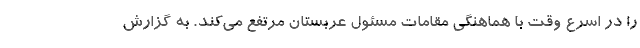
را در اسرع وقت با هماهنگی مقامات مسئول عربستان مرتفع می‌کند. به گزارش